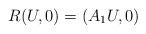
LaTeX: \begin{align*}R(U,0)=(A_1U,0)\end{align*}